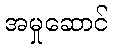
အမှုဆောင်